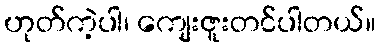
ဟုတ်ကဲ့ပါ၊ ကျေးဇူးတင်ပါတယ်။